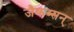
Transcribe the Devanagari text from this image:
जैकब्सन्